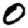
Digit: 0